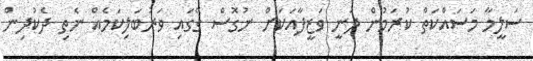
ސަލީމާ މަސައްކަތް ކުރަމުން ދަނީ ވަޒީފާއަކަށް ނުގޮސް ގޭގައި ވަރުބަލިކަމެއް ނެތި ދެކުދިން